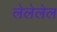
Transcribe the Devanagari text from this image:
लेलेलेल